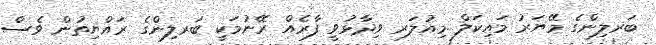
ބަރލިންގެ މޭޔަރު މައިކަލް މިއުލަރ ވިދާޅުވީ ފާރެއް ރޭނުމަކީ ބަރލިންގެ ރައްޔިތުން ވެސް